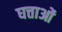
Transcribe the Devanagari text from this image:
घत्ताओं